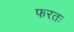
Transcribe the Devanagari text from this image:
फरतः